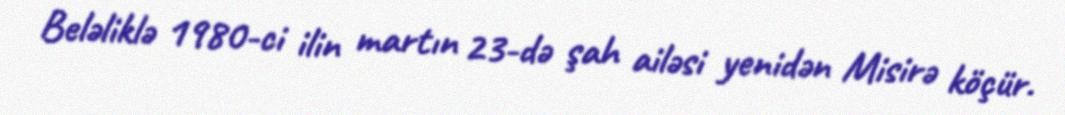
Beləliklə 1980-ci ilin martın 23-də şah ailəsi yenidən Misirə köçür.